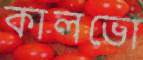
কালভো